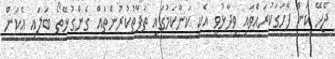
ޖެހޭ ކަން ފާހަގަކުރައްވައި ވިދާޅުވީ އެކި ކަންކަމުގައި ތަފާތުކުރުންތައް ގެންގުޅޭތޯ ބަލައި އެކަން